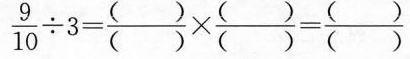
$$\frac { 9 } { 1 0 } \div 3 = \frac { ( ) } { ( ) } \times \frac { ( ) } { ( ) } = \frac { ( ) } { ( ) }$$